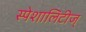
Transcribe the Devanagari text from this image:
स्पेशालिटीज्